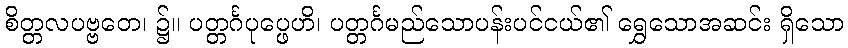
စိတ္တလပဗ္ဗတေ၊ ၌။ ပတ္တင်္ဂပုပ္ဖေဟိ၊ ပတ္တင်္ဂမည်သောပန်းပင်ငယ်၏ ရွှေသောအဆင်း ရှိသော